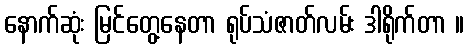
နောက်ဆုံး မြင်တွေ့နေတာ ရုပ်သံဇာတ်လမ်း ဒါရိုက်တာ ။